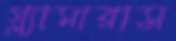
গ্ল্যামারাস